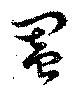
闔